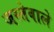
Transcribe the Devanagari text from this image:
जस्तेवाले